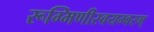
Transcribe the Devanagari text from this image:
रूग्मिणीस्वयम्वरम्